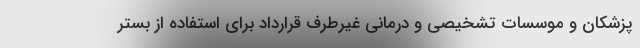
پزشکان و موسسات تشخیصی و درمانی غیرطرف قرارداد برای استفاده از بستر